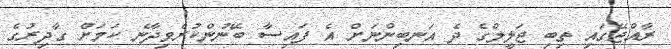
ރާއްޖޭގައި ތިބި ޖަލީލްގެ ދެ އަނބިންނަށް އެ ފައިސާ ބޭނުންކުރެވިދާނެ ކަމަށް ގާދިރުގެ